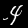
Label: 4